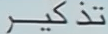
تذكر